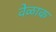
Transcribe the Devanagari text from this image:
वेळाक